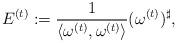
LaTeX: \begin{align*}E^{(t)}:=\frac{1}{\langle\omega^{(t)},\omega^{(t)}\rangle}(\omega^{(t)})^\sharp,\end{align*}